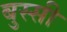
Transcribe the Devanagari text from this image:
बुस्सी